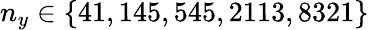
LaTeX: n_{y}\in\{ 41,145,545,2113,8321\}